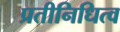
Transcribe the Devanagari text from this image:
प्रतीनिधित्व